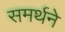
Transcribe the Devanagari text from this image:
समर्थने